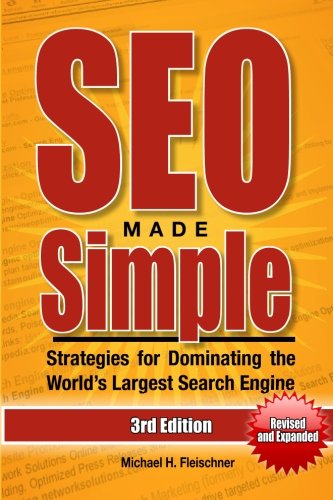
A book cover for SEO Made Simple (Third Edition): Strategies for Dominating the World's Largest Search Engine; Michael H. Fleischner; Computers & Technology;